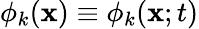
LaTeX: \phi_{k}({\mathbf x})\equiv\phi_{k}({\mathbf x};t)